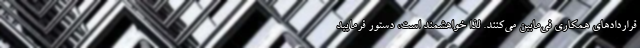
قراردادهای همکاری فی‌مابین می‌کنند. لذا خواهشمند است، دستور فرمایید